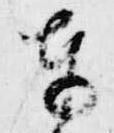
車